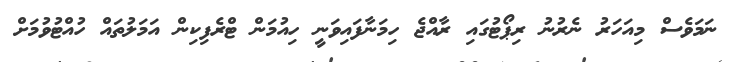
ނަމަވެސް މިއަހަރު ނެރުނު ރިޕޯޓުގައި ރާއްޖެ ހިމަނާފައިވަނީ ހިއުމަން ޓްރެފިކިން އަމަލުތައް ހުއްޓުވުމަށް